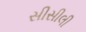
સીસીલી